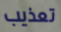
تعذيب